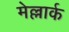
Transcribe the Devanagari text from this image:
मेल्लार्क